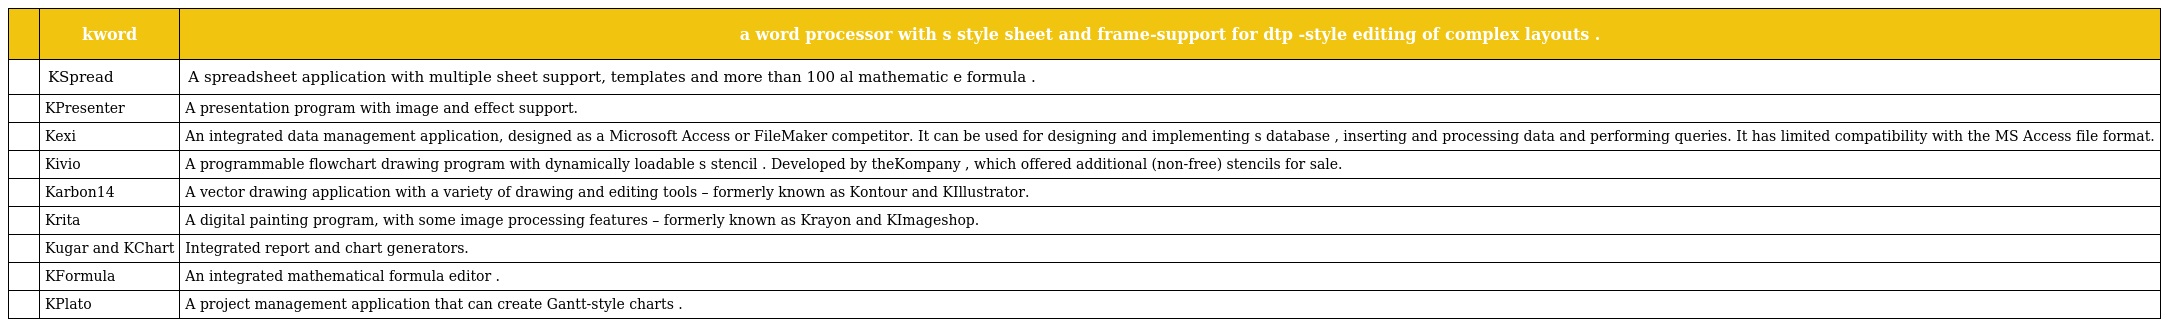
|  | kword | a word processor with s style sheet and frame-support for dtp -style editing of complex layouts . |
 | --- | --- | --- |
 |  | KSpread | A spreadsheet application with multiple sheet support, templates and more than 100 al mathematic e formula . |
 |  | KPresenter | A presentation program with image and effect support. |
 |  | Kexi | An integrated data management application, designed as a Microsoft Access or FileMaker competitor. It can be used for designing and implementing s database , inserting and processing data and performing queries. It has limited compatibility with the MS Access file format. |
 |  | Kivio | A programmable flowchart drawing program with dynamically loadable s stencil . Developed by theKompany , which offered additional (non-free) stencils for sale. |
 |  | Karbon14 | A vector drawing application with a variety of drawing and editing tools – formerly known as Kontour and KIllustrator. |
 |  | Krita | A digital painting program, with some image processing features – formerly known as Krayon and KImageshop. |
 |  | Kugar and KChart | Integrated report and chart generators. |
 |  | KFormula | An integrated mathematical formula editor . |
 |  | KPlato | A project management application that can create Gantt-style charts . |